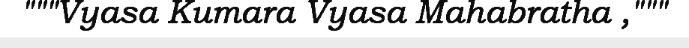
"""Vyasa Kumara Vyasa Mahabratha ,"""